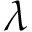
\lambda